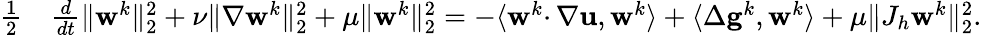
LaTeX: \begin{array}{rl}{\frac{1}2}&{\frac{d}{dt}\| \mathbf{w}^{k}\| _{2}^{2}+\nu\| \nabla\mathbf{w}^{k}\| _{2}^{2}+\mu\| \mathbf{w}^{k}\| _{2}^{2}=-\langle\mathbf{w}^{k}\cdotp\nabla\mathbf{u},\mathbf{w}^{k}\rangle+\langle\Delta\mathbf{g}^{k},\mathbf{w}^{k}\rangle+\mu\| J_{h}\mathbf{w}^{k}\| _{2}^{2}.}\end{array}